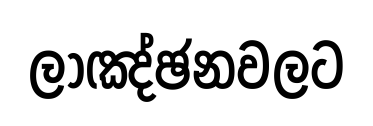
ලාඤ්ඡනවලට